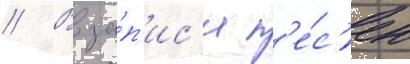
// В за́п'ис'и п'е́с'ен